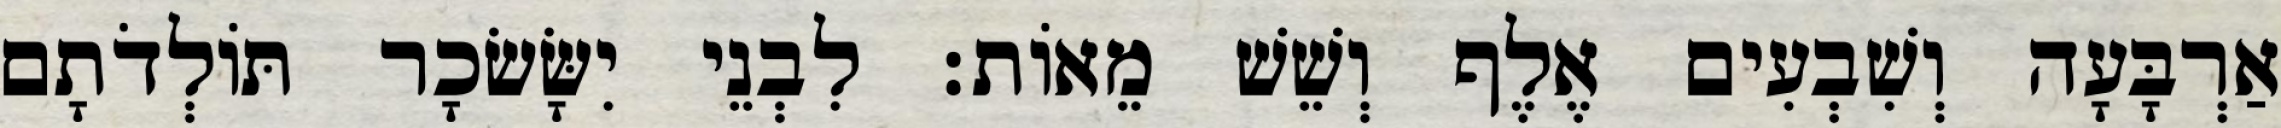
אַרְבָּעָה וְשִׁבְעִים אֶלֶף וְשֵׁשׁ מֵאוֹת׃ לִבְנֵי יִשָּׂשׂכָר תּוֹלְדֹתָם